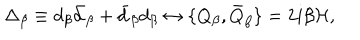
\Delta _ { \beta } \equiv d _ { \beta } \bar { d } _ { \beta } + \bar { d } _ { \beta } d _ { \beta } \leftrightarrow \{ Q _ { \beta } , \bar { Q } _ { \beta } \} = 2 i \beta { \cal H } ,